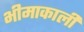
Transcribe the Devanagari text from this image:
भीमाकाली